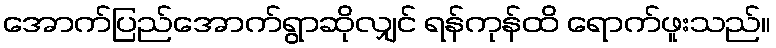
အောက်ပြည်အောက်ရွာဆိုလျှင် ရန်ကုန်ထိ ရောက်ဖူးသည်။